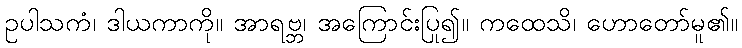
ဥပါသကံ၊ ဒါယကာကို။ အာရဗ္ဘ၊ အကြောင်းပြု၍။ ကထေသိ၊ ဟောတော်မူ၏။